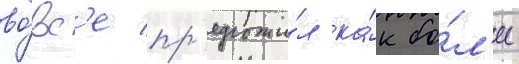
во́вс'е пр'едложи́л ка́к бо́л'ее